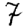
Digit: 7